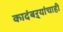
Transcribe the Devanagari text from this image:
कादंबऱ्यांचाही